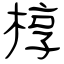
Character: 椁